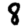
Digit: 8